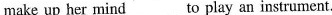
make up her mind___to play an instrument.